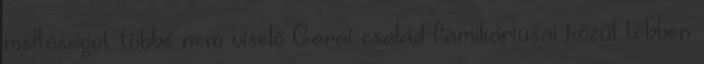
méltóságot többé nem viselő Garai család familiáriusai közül többen